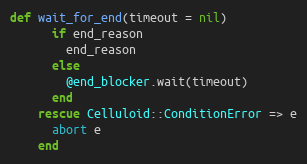
Language: Ruby
def wait_for_end(timeout = nil)
      if end_reason
        end_reason
      else
        @end_blocker.wait(timeout)
      end
    rescue Celluloid::ConditionError => e
      abort e
    end